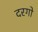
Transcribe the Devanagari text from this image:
दरगो